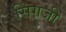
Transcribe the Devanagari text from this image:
सिंगजी